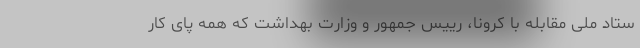
ستاد ملی مقابله با کرونا، رییس جمهور و وزارت بهداشت که همه پای کار